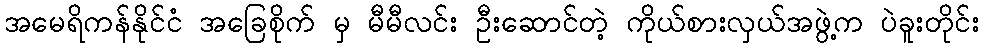
အမေရိကန်နိုင်ငံ အခြေစိုက် မှ မီမီလင်း ဦးဆောင်တဲ့ ကိုယ်စားလှယ်အဖွဲ့က ပဲခူးတိုင်း